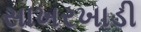
સાખરખાડી